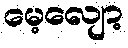
မေ့လျော့